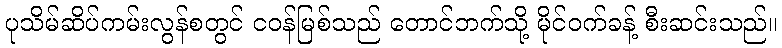
ပုသိမ်ဆိပ်ကမ်းလွန်စတွင် ငဝန်မြစ်သည် တောင်ဘက်သို့ မိုင်ဝက်ခန့် စီးဆင်းသည်။